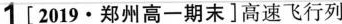
1[2019·郑州高一期末]高速飞行列